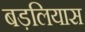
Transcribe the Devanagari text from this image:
बड़लियास